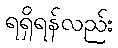
ရရှိရန်လည်း